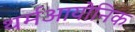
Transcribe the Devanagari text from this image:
थर्मआयोनिक